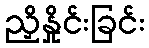
ညှိနှိုင်းခြင်း